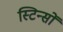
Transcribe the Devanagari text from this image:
स्टिन्सों